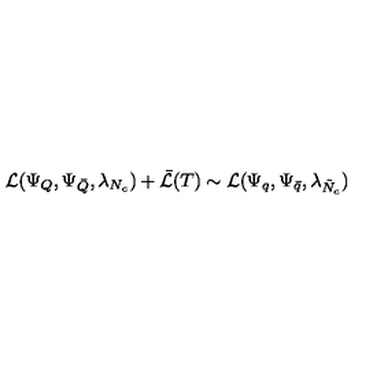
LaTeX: { \cal L } ( \Psi _ { Q } , \Psi _ { \bar { Q } } , \lambda _ { N _ { c } } ) + \bar { { \cal L } } ( T ) \sim { \cal L } ( \Psi _ { q } , \Psi _ { \bar { q } } , \lambda _ { \tilde { N } _ { c } } )